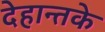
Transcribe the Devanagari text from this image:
देहान्तके